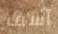
آسف